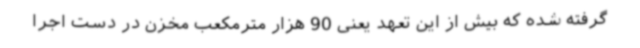
گرفته شده که بیش از این تعهد یعنی 90 هزار مترمکعب مخزن در دست اجرا